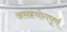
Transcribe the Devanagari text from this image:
असहयोगपूर्ण